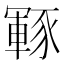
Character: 𮙡